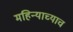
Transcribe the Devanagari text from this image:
महिन्याच्याच